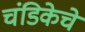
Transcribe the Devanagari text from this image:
चंडिकेचे